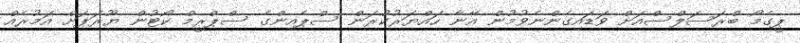
ޕީގެމޯ ބްރަސަލްސްއަށް ވަޑައިގެންނެވުމުން އޭނާ ހައްޔަރުކުރަން ސްޕެއިންގެ ސްޕްރީމް ކޯޓުން ޔޫރަޕަށް އަމުރެއް